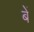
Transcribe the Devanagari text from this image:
बें